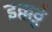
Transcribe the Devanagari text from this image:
इक्कठ्ठे